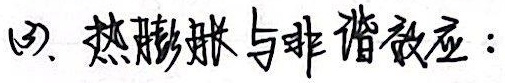
3. 热膨胀与非谐效应：